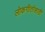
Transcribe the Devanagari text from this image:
लोकगीतांसाठी